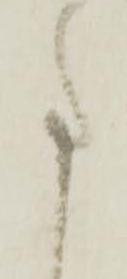
事